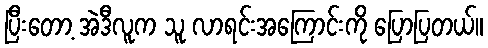
ပြီးတော့ အဲဒီလူက သူ လာရင်းအကြောင်းကို ပြောပြတယ်။